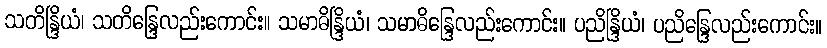
သတိန္ဒြိယံ၊ သတိန္ဒြေလည်းကောင်း။ သမာဓိန္ဒြိယံ၊ သမာဓိန္ဒြေလည်းကောင်း။ ပညိန္ဒြိယံ၊ ပညိန္ဒြေလည်းကောင်း။